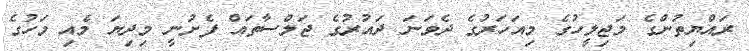
ރައްޔިތުންގެ މަޖިލީހުގެ މިއަހަރުގެ ދެވަނަ ދައުރުގެ ޖަލްސާތައް ފެށުނީ މިދިޔަ މެއި މަހުގެ